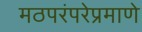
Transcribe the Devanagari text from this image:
मठपरंपरेप्रमाणे